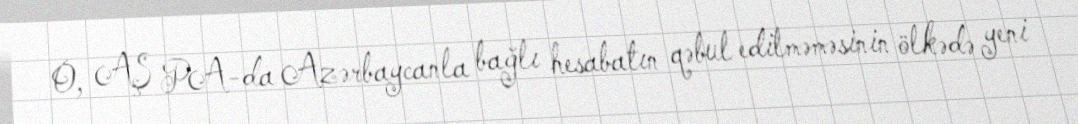
O, AŞ PA-da Azərbaycanla bağlı hesabatın qəbul edilməməsinin ölkədə yeni